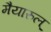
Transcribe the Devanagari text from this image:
मैयारुल्